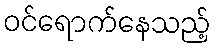
ဝင်ရောက်နေသည့်